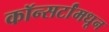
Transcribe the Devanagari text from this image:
कॉन्सर्टांंमधून